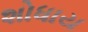
શોધાય